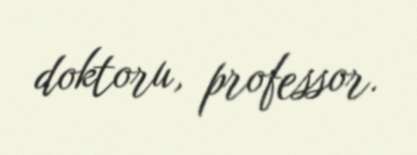
doktoru, professor.